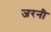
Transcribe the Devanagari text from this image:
जरनी